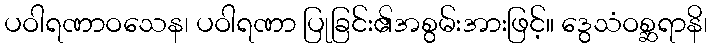
ပဝါရဏာဝသေန၊ ပဝါရဏာ ပြုခြင်း၏အစွမ်းအားဖြင့်။ ဒွေသံဝစ္ဆရာနိ၊